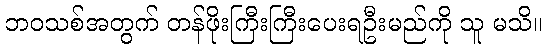
ဘဝသစ်အတွက် တန်ဖိုးကြီးကြီးပေးရဦးမည်ကို သူ မသိ။